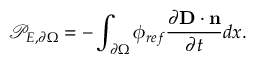
\mathcal { P } _ { E , \partial \Omega } = - \int _ { \partial \Omega } \phi _ { r e f } \frac { \partial \mathbf { D } \cdot \mathbf { n } } { \partial t } d x .